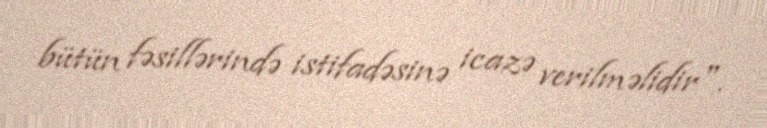
bütün fəsillərində istifadəsinə icazə verilməlidir".